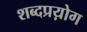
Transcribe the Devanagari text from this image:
शब्दप्रय़ोग